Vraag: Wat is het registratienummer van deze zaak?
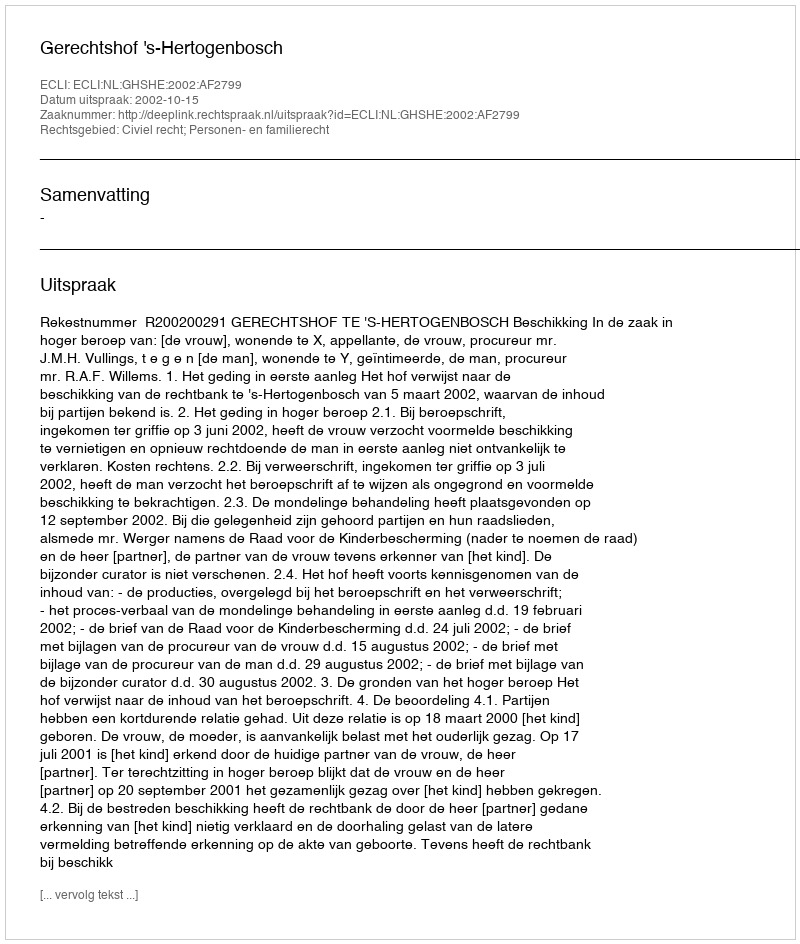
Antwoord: http://deeplink.rechtspraak.nl/uitspraak?id=ECLI:NL:GHSHE:2002:AF2799